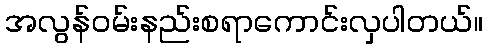
အလွန်ဝမ်းနည်းစရာကောင်းလှပါတယ်။